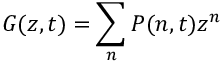
G ( z , t ) = \sum _ { n } P ( n , t ) z ^ { n }